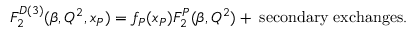
F _ { 2 } ^ { D ( 3 ) } ( \beta , Q ^ { 2 } , x _ { P } ) = f _ { P } ( x _ { P } ) F _ { 2 } ^ { P } ( \beta , Q ^ { 2 } ) + \; \mathrm { s e c o n d a r y } \; \mathrm { e x c h a n g e s } .